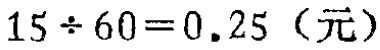
\(15\div 60 = 0.25\)（元）